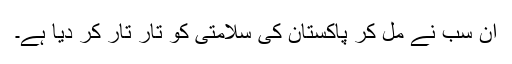
ان سب نے مل کر پاکستان کی سلامتی کو تار تار کر دیا ہے۔